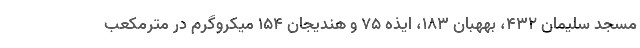
مسجد سلیمان ۴۳۲، بههبان ۱۸۳، ایذه ۷۵ و هندیجان ۱۵۴ میکروگرم در مترمکعب